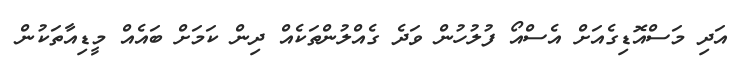
އަދި މަސްއޮޑިގެއަށް އެސްއޯ ފުލުހުން ވަދެ ގެއްލުންތަކެއް ދިން ކަމަށް ބައެއް މީޑިއާތަކުން